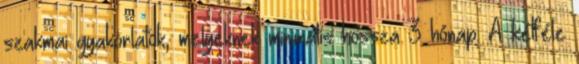
szakmai gyakorlatok, melyeknek minimális hossza 3 hónap. A kétféle